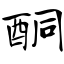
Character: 酮